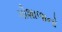
ગૌશાળાનો